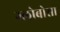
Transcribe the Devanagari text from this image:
ग्लोबोसा